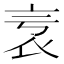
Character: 𧘎